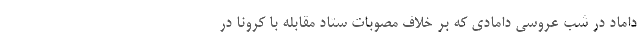
داماد در شب عروسی دامادی که بر خلاف مصوبات ستاد مقابله با کرونا در